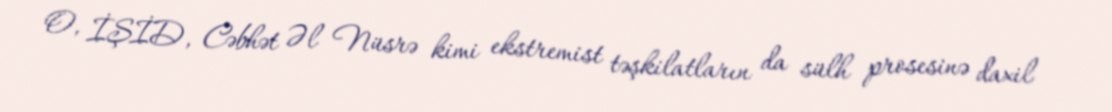
O, İŞİD, Cəbhət Əl Nüsrə kimi ekstremist təşkilatların da sülh prosesinə daxil